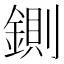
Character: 鍘